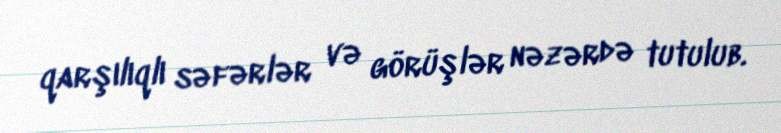
qarşılıqlı səfərlər və görüşlər nəzərdə tutulub.